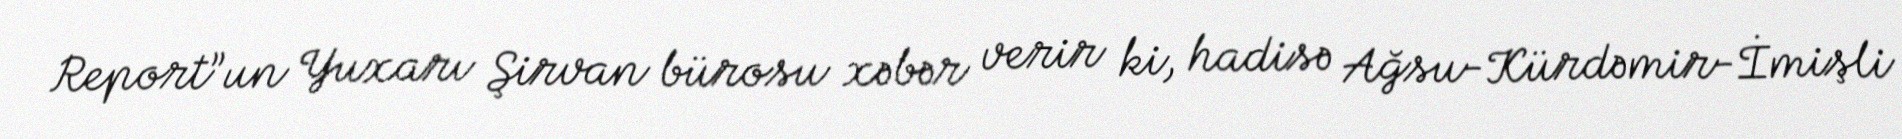
Report”un Yuxarı Şirvan bürosu xəbər verir ki, hadisə Ağsu-Kürdəmir-İmişli